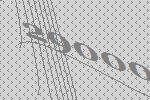
29000